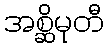
အစ္ဆိမုတီ